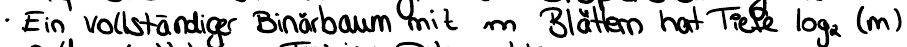
Ein vollständiger Binärbaum mit m Blättern hat Tiefe log (m)